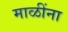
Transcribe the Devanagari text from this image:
माळींना